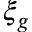
\xi _ { g }